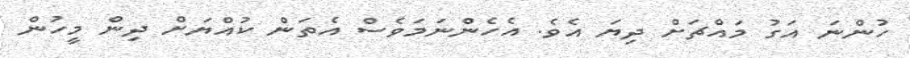
ހުންނަ އަގު މައްޗަށް ދިޔަ އެވެ. އެހެންނަމަވެސް އެތަން ކުއްޔަށް ދިން މީހުން